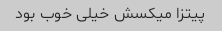
پیتزا میکسش خیلی خوب بود